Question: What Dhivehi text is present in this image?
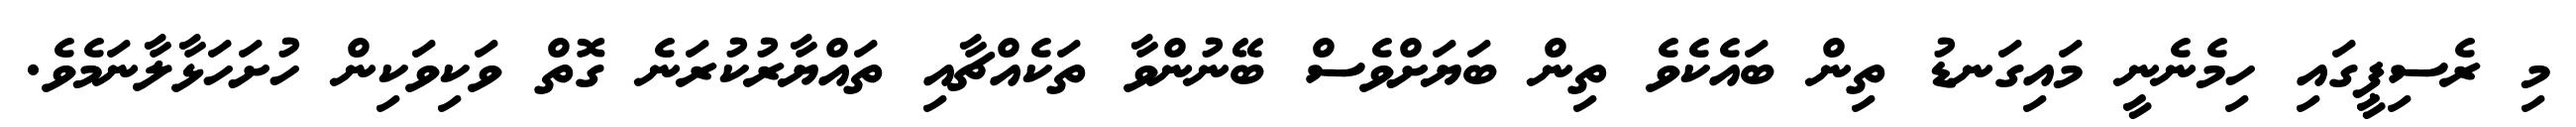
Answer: މި ރެސިޕީގައި ހިމެނެނީ މައިގަނޑު ތިން ބައެކެވެ ތިން ބަޔަށްވެސް ބޭނުންވާ ތަކެއްޗާއި ތައްޔާރުކުރަނެ ގޮތް ވަކިވަކިން ހުށަހަޅާލާނަމެވެ.